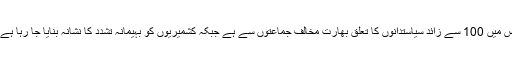
مقبوضہ کشمیر کے 2 سابق وزرائے اعلیٰ سمیت 200 سیاستدان گرفتار ہیں، جس میں 100 سے زائد سیاستدانوں کا تعلق بھارت مخالف جماعتوں سے ہے جبکہ کشمیریوں کو بہیمانہ تشدد کا نشانہ بنایا جا رہا ہے جس پر انسانی حقوق کی تنظیموں نے بھی اپنے شدید تحفظات کا اظہار کیا ہے۔